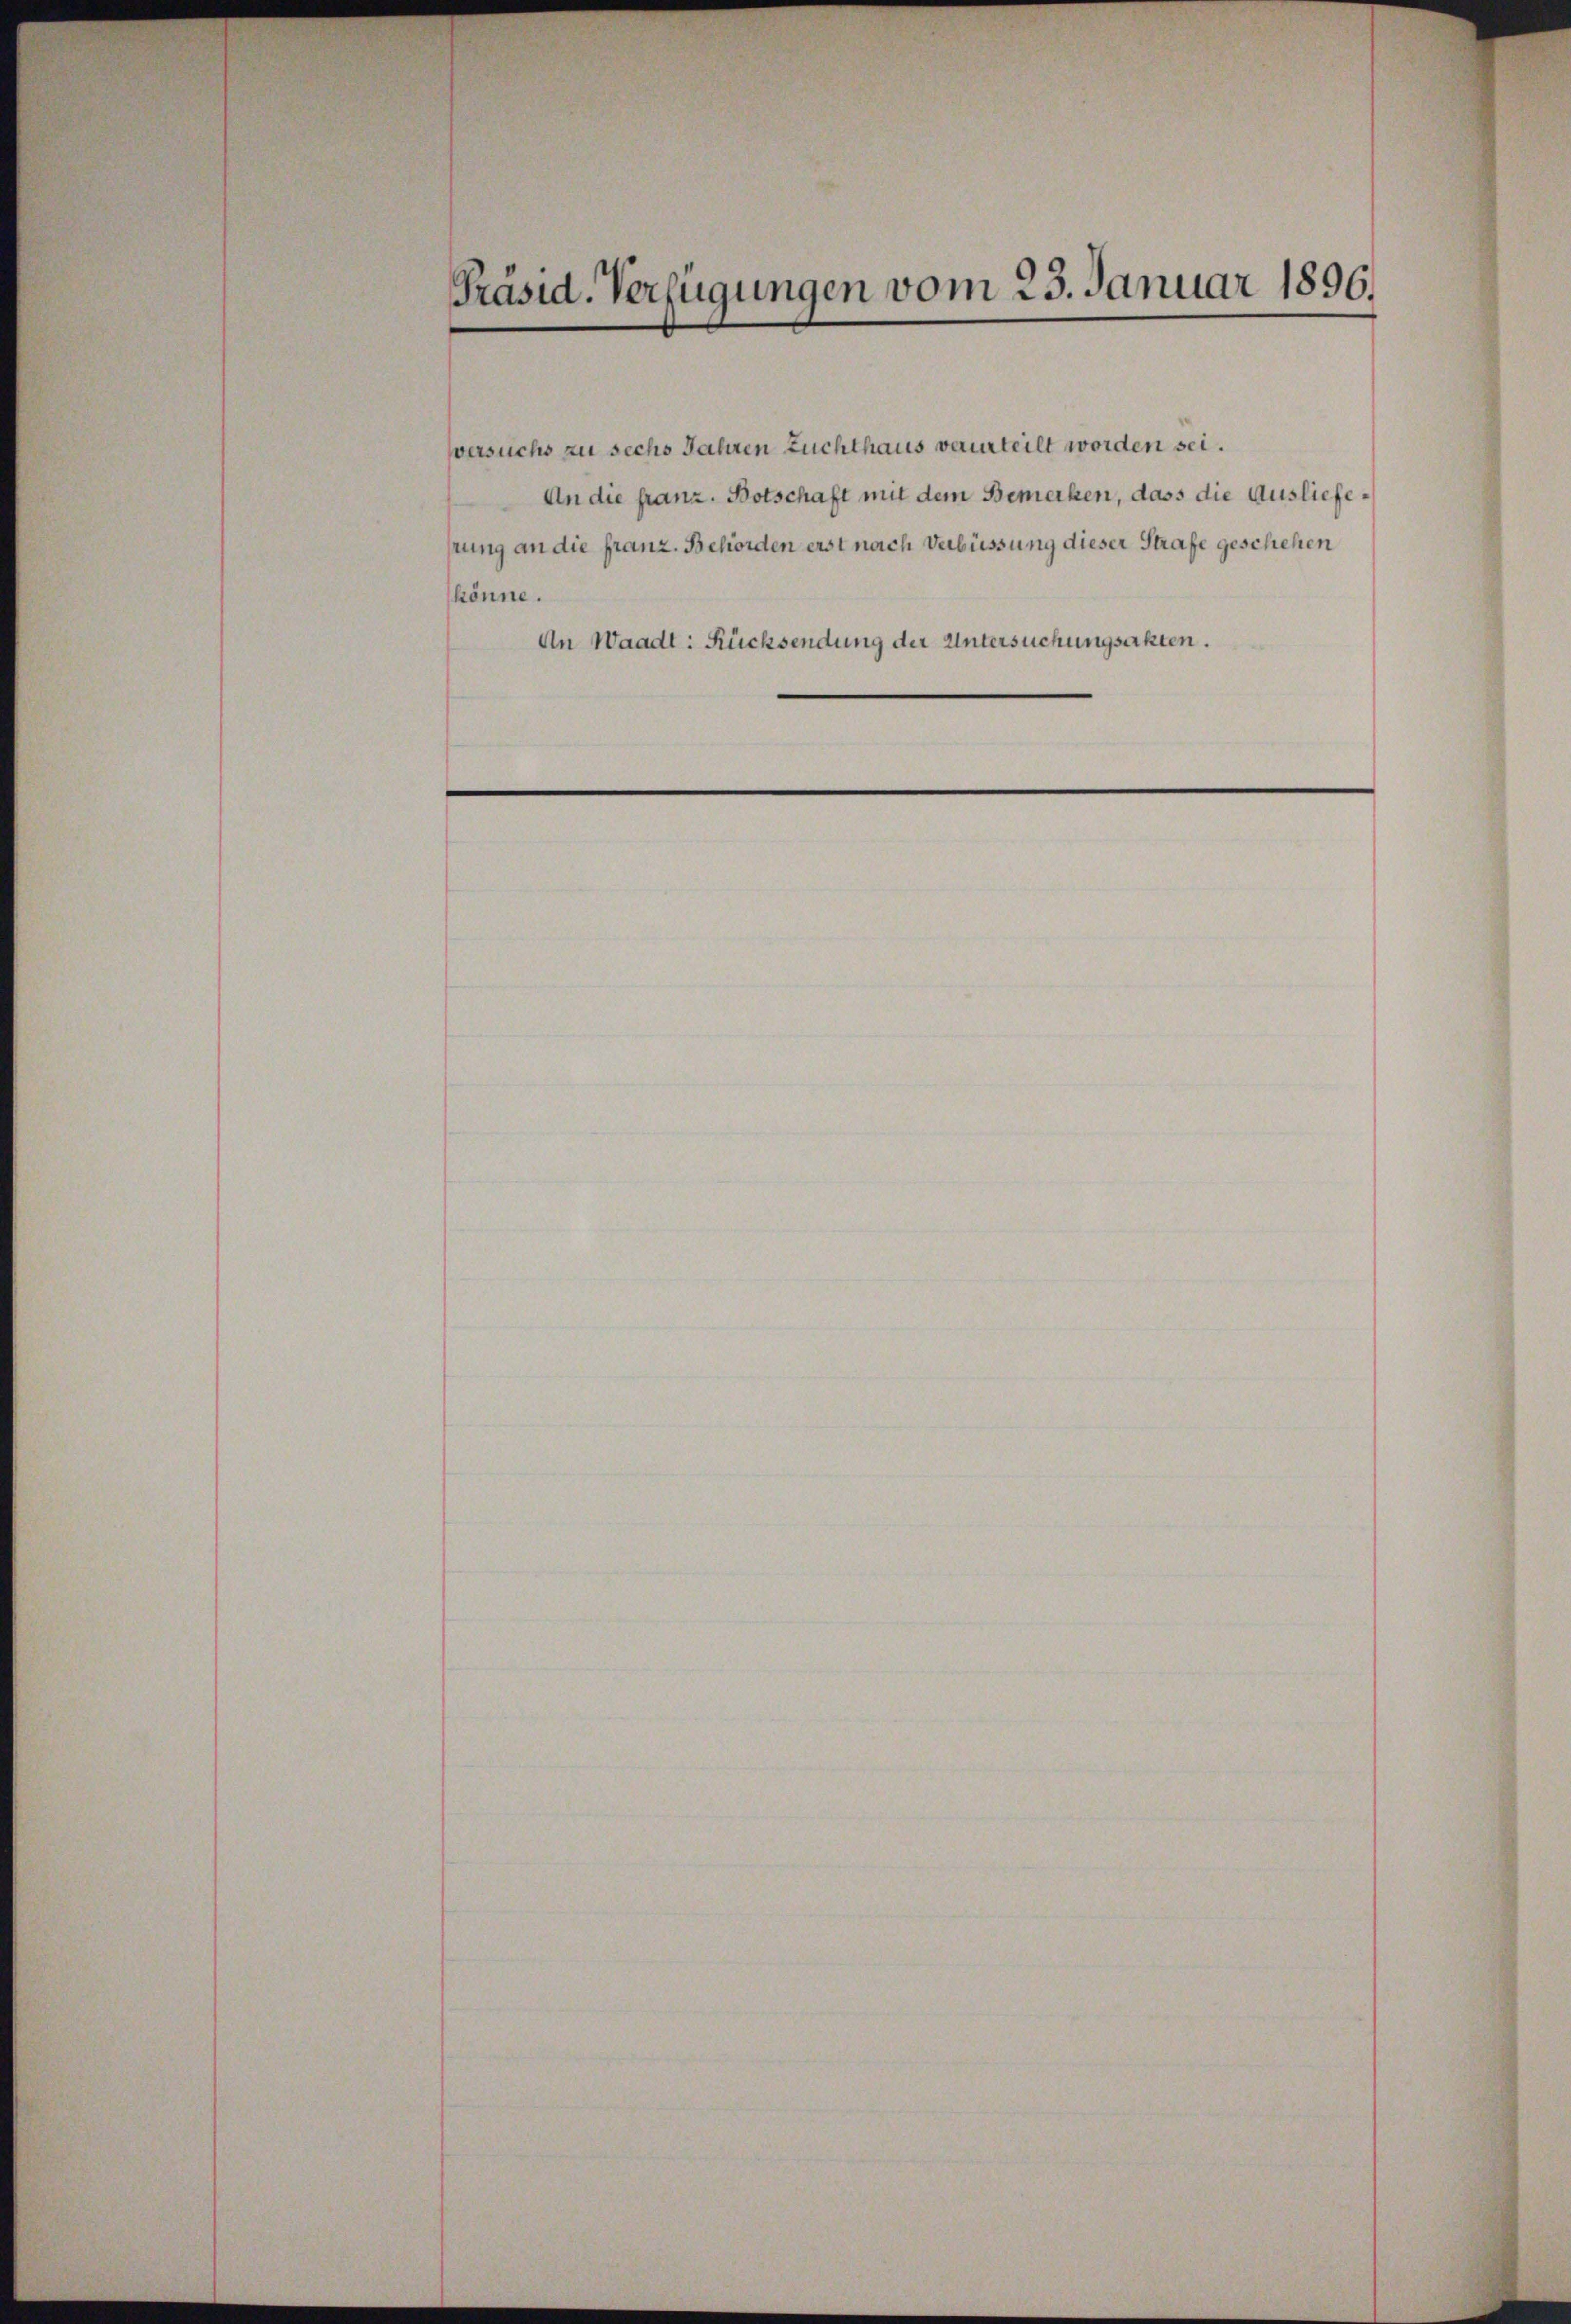
Präsid. Verfügungen vom 23. Januar 1896.

versuchs zu sechs Jahren Zuchthaus verurteilt worden sei.
An die franz. Botschaft mit dem Bemerken, dass die Auslieferung an die franz. Behörden erst nach Verbüssung dieser Strafe geschehen
könne.
An Waadt: Rücksendung der Untersuchungsakten.